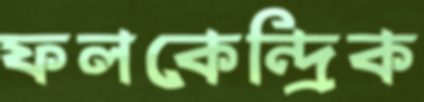
ফলকেন্দ্রিক